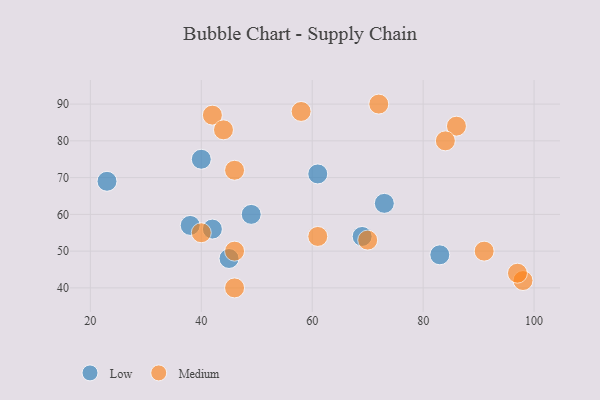
{"axis": {"x": "GDP", "y": "Life Expectancy"}, "legend": ["Low", "Medium"], "data": [{"x": "38", "y": 57, "type": "Low"}, {"x": "69", "y": 54, "type": "Low"}, {"x": "83", "y": 49, "type": "Low"}, {"x": "40", "y": 75, "type": "Low"}, {"x": "42", "y": 56, "type": "Low"}, {"x": "45", "y": 48, "type": "Low"}, {"x": "23", "y": 69, "type": "Low"}, {"x": "49", "y": 60, "type": "Low"}, {"x": "61", "y": 71, "type": "Low"}, {"x": "73", "y": 63, "type": "Low"}, {"x": "58", "y": 88, "type": "Medium"}, {"x": "42", "y": 87, "type": "Medium"}, {"x": "46", "y": 50, "type": "Medium"}, {"x": "40", "y": 55, "type": "Medium"}, {"x": "46", "y": 40, "type": "Medium"}, {"x": "44", "y": 83, "type": "Medium"}, {"x": "86", "y": 84, "type": "Medium"}, {"x": "70", "y": 53, "type": "Medium"}, {"x": "46", "y": 72, "type": "Medium"}, {"x": "91", "y": 50, "type": "Medium"}, {"x": "84", "y": 80, "type": "Medium"}, {"x": "98", "y": 42, "type": "Medium"}, {"x": "97", "y": 44, "type": "Medium"}, {"x": "61", "y": 54, "type": "Medium"}, {"x": "72", "y": 90, "type": "Medium"}]}